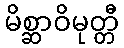
မိစ္ဆာဝိမုတ္တီ